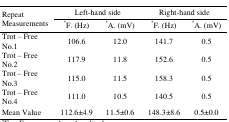
<table><thead><tr><td rowspan="2"><b>Repeat Measurements</b></td><td colspan="2"><b>Left-hand side</b></td><td colspan="2"><b>Right-hand side</b></td></tr><tr><td><b>*F. (Hz)</b></td><td><b>*A. (mV)</b></td><td><b>*F. (Hz)</b></td><td><b>*A. (mV)</b></td></tr></thead><tbody><tr><td>Trot – Free No.1</td><td>106.6</td><td>12.0</td><td>141.7</td><td>0.5</td></tr><tr><td>Trot – Free No.2</td><td>117.9</td><td>11.8</td><td>152.6</td><td>0.5</td></tr><tr><td>Trot – Free No.3</td><td>115.0</td><td>11.5</td><td>158.3</td><td>0.5</td></tr><tr><td>Trot – Free No.4</td><td>111.0</td><td>10.5</td><td>140.5</td><td>0.5</td></tr><tr><td>Mean Value</td><td>112.6±4.9</td><td>11.5±0.6</td><td>148.3±8.6</td><td>0.5±0.0</td></tr></tbody></table>